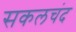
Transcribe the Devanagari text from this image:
सकलचंद